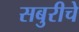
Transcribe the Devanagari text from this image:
सबुरीचे